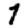
Digit: 1